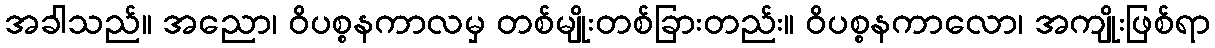
အခါသည်။ အညော၊ ဝိပစ္စနကာလမှ တစ်မျိုးတစ်ခြားတည်း။ ဝိပစ္စနကာလော၊ အကျိုးဖြစ်ရာ